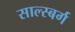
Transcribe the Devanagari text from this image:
साल्स्बर्ग